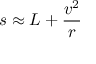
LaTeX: s \approx L + { \frac { v ^ { 2 } } { r } }